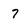
Character: 7